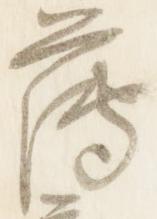
薄